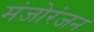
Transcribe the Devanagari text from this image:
मंजोरंजन